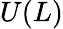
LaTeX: U(L)